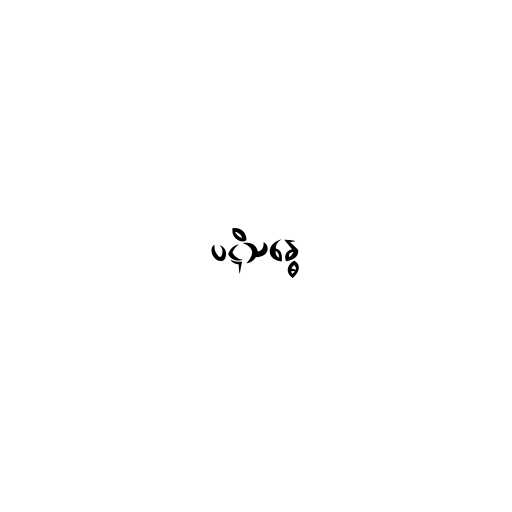
ပဋိသန္ဓေ